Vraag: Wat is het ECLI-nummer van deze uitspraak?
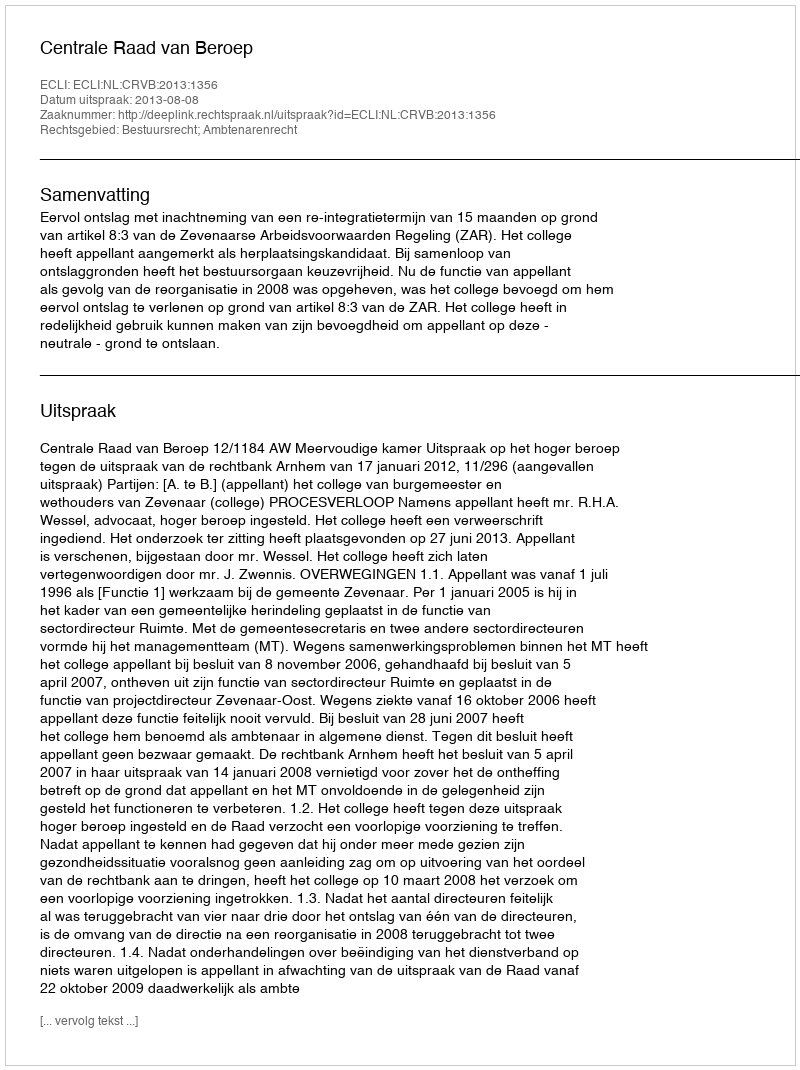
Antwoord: ECLI:NL:CRVB:2013:1356